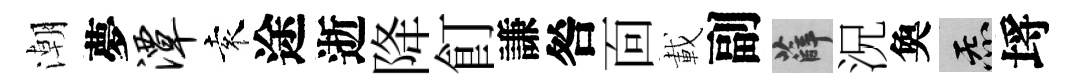
潮夢潭袁途逝降飣謙咎靣載副薛況奐炁埓